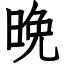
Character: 晩